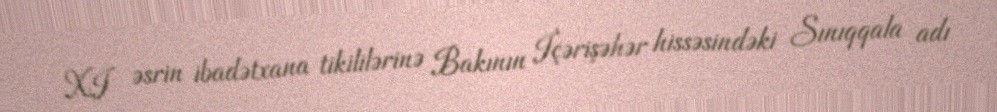
XI əsrin ibadətxana tikililərinə Bakının İçərişəhər hissəsindəki Sınıqqala adı